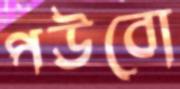
পউবো